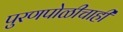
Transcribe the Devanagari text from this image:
पुरणपोळीचाही